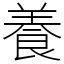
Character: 養